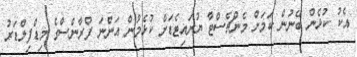
އެކު ކުޅެން ބޭނުން ކަމަށް މެންޗެސްޓާ ޔުނައިޓެޑަށް ކުޅެމުން އަންނަ ފްރާންސްގެ މިޑްފިލްޑަރު